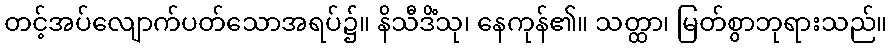
တင့်အပ်လျောက်ပတ်သောအရပ်၌။ နိသီဒိံသု၊ နေကုန်၏။ သတ္ထာ၊ မြတ်စွာဘုရားသည်။